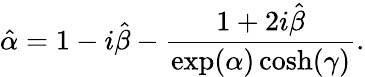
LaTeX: \hat{\alpha}=1-i\hat{\beta}-\frac{1+2i\hat{\beta}}{\exp(\alpha)\cosh(\gamma)}.